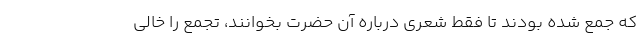
که جمع شده بودند تا فقط شعری درباره آن حضرت بخوانند، تجمع را خالی